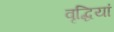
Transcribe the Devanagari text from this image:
वृद्धियां